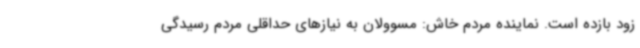
زود بازده است. نماینده مردم خاش: مسوولان به نیازهای حداقلی مردم رسیدگی